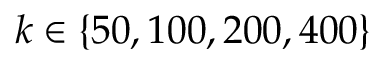
k \in \{ 5 0 , 1 0 0 , 2 0 0 , 4 0 0 \}